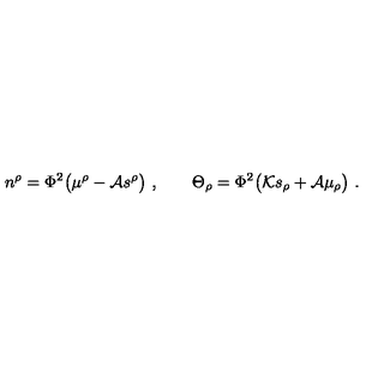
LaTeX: n ^ { \rho } = \Phi ^ { 2 } \big ( \mu ^ { \rho } - { \cal A } s ^ { \rho } \big ) \ , \qquad \Theta _ { \rho } = \Phi ^ { 2 } \big ( { \cal K } s _ { \rho } + { \cal A } \mu _ { \rho } \big ) \ .